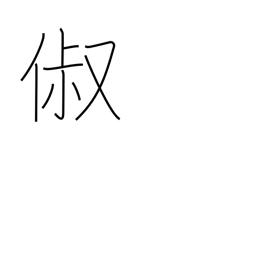
Meaning: good